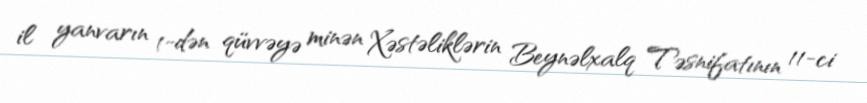
il yanvarın 1-dən qüvvəyə minən Xəstəliklərin Beynəlxalq Təsnifatının 11-ci